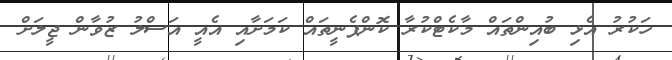
ހަކުރު އެޅި ބުއިންތައް މާކެޓްކުރާ ކޮންޕެނީތައް ކަމަށާއި އެއީ އަސްލު ޒުވާން ޖީލަށް